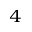
_ 4